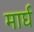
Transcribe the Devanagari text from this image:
मार्घ